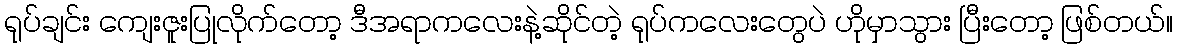
ရုပ်ချင်း ကျေးဇူးပြုလိုက်တော့ ဒီအရာကလေးနဲ့ဆိုင်တဲ့ ရုပ်ကလေးတွေပဲ ဟိုမှာသွား ပြီးတော့ ဖြစ်တယ်။